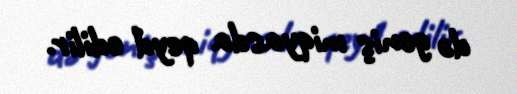
də geniş miqyasda qeyd edilir.